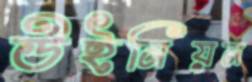
উইনিয়ন